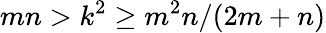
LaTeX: mn>k^{2}\geq m^{2}n/(2m+n)